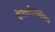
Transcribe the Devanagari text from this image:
शेतकरीसंबंधित